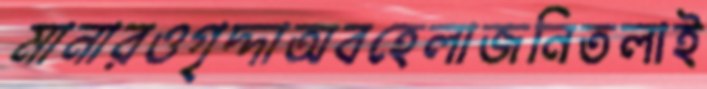
মানারওগৃদ্দাঅবহেলাজনিতলাই